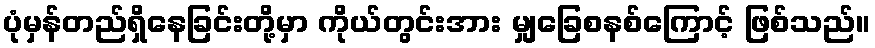
ပုံမှန်တည်ရှိနေခြင်းတို့မှာ ကိုယ်တွင်းအား မျှခြေစနစ်ကြောင့် ဖြစ်သည်။